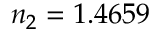
n _ { 2 } = 1 . 4 6 5 9